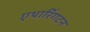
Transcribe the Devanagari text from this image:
एथारिंगटन